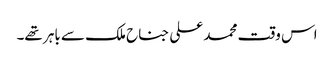
اس وقت محمد علی جناح ملک سے باہر تھے۔